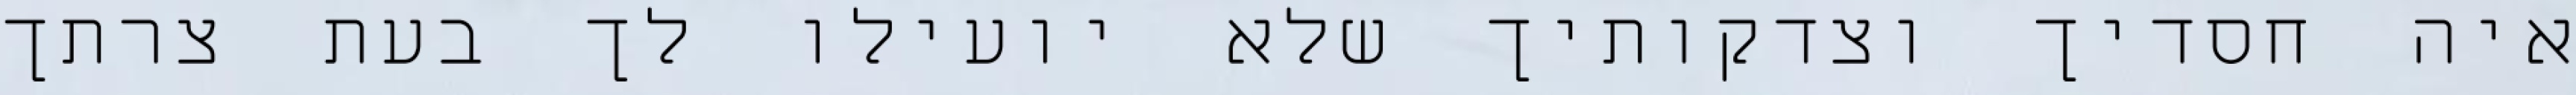
איה חסדיך וצדקותיך שלא יועילו לך בעת צרתך